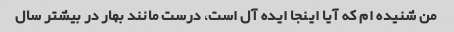
من شنیده ام که آیا اینجا ایده آل است، درست مانند بهار در بیشتر سال